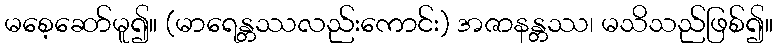
မစေ့ဆော်မူ၍။ (မာရေန္တဿလည်းကောင်း) အဇာနန္တဿ၊ မသိသည်ဖြစ်၍။